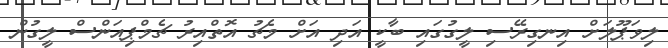
ލިވަޕޫލަށް އިނގިރޭސި ލީގުގައި ބާކީ އަދި އަށް މެޗު އޮތްއިރު ޗެމްޕިއަންސް ލީގުން